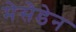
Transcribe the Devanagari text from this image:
मेसेडेन